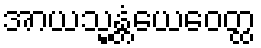
အာယသ္မန္တံယေဝေတ္ထ